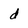
Character: d